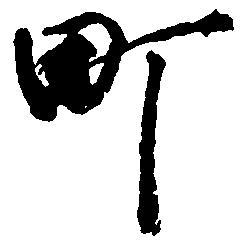
町